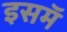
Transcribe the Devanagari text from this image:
इसमॅ